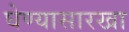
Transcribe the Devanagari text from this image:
घेण्यासारखा